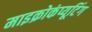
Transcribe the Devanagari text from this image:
माइक्रोकंप्यूटिंग